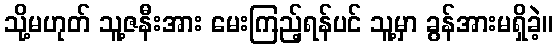
သို့မဟုတ် သူ့ဇနီးအား မေးကြည့်ရန်ပင် သူ့မှာ ခွန်အားမရှိခဲ့။